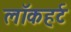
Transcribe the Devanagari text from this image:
लॉकहर्ट